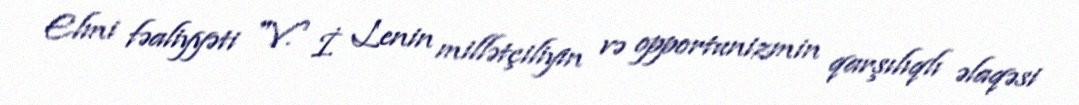
Elmi fəaliyyəti "V. İ. Lenin millətçiliyin və opportunizmin qarşılıqlı əlaqəsi